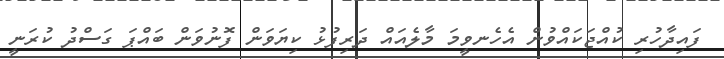
ފައިދާހުރި ކުއްޖަކައްވުން އެހެނވީމަ މާލެއައް ދަރިފުޅު ކިޔަވަން ފޮނުވަން ބައްޕަ ގަސްދު ކުރަނީ